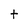
Character: t